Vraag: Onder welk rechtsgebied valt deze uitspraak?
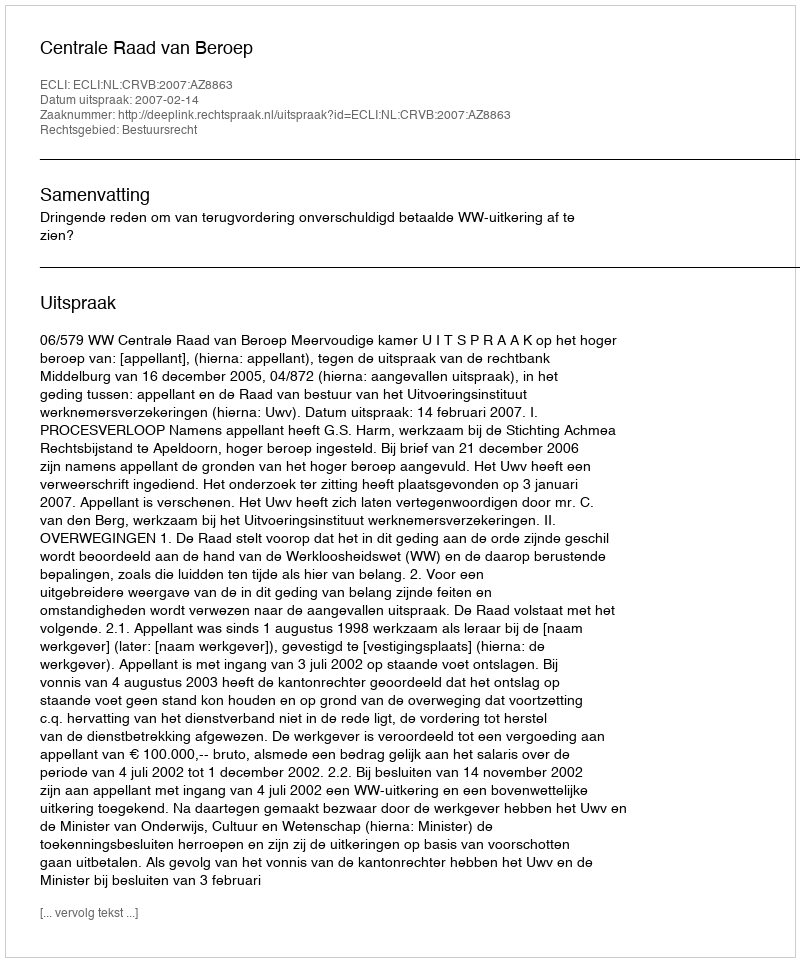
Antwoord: Bestuursrecht